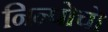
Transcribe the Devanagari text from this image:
निन्पोचो